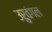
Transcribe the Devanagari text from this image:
उरुवंगल